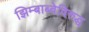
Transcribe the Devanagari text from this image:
झिम्बाब्वेविरुद्ध